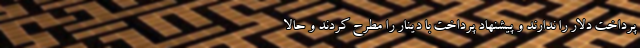
پرداخت دلار را ندارند و پیشنهاد پرداخت با دینار را مطرح کردند و حالا